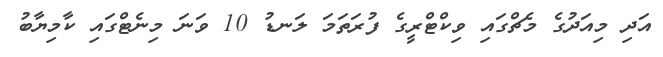
އަދި މިއަދުގެ މެޗްގައި ވިކްޓްރީގެ ފުރަތަމަ ލަނޑު 10 ވަނަ މިނެޓްގައި ކާމިޔާބު